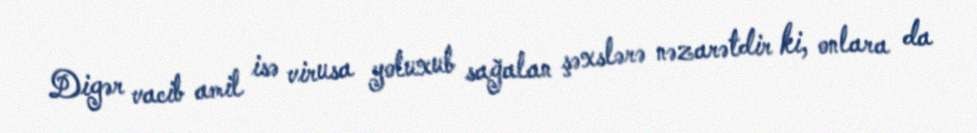
Digər vacib amil isə virusa yoluxub sağalan şəxslərə nəzarətdir ki, onlara da